Report of the Municipal Commissioner on the plague in Bombay for the year ending 31st May... - Volume 1
Disease focus: Plague
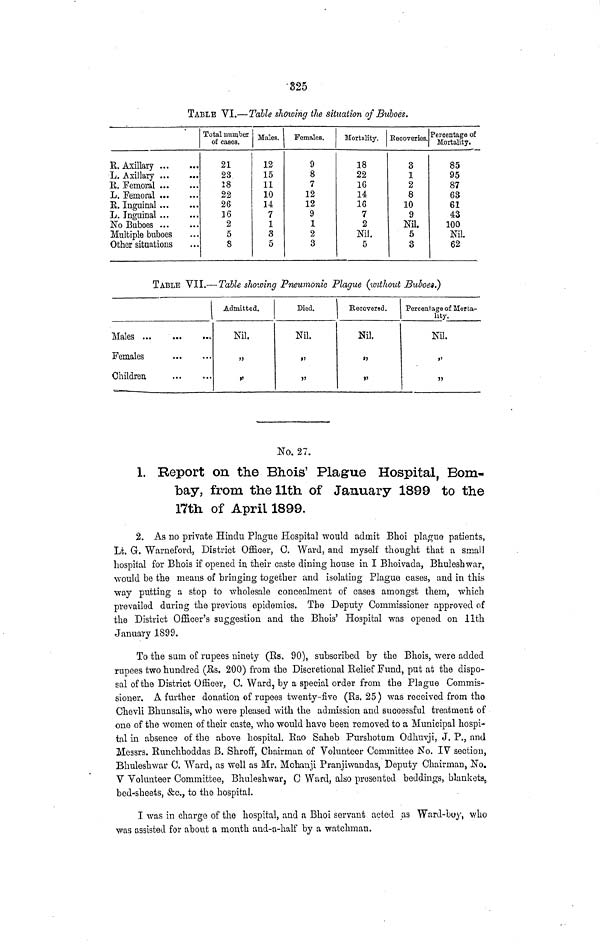
325
TABLE VI.—Table showing the situation of Buboes.
R. Axillary
L. Axillary
E. Femoral
L. Femoral
E. Inguinal
L. Inguinal
No Buboes
Multiple buboes
Other situations
Total number
of cases.
21
23
18
22
26
16
2
5
8
Males.
12
15
11
10
14
7
1
3
5
Females.
9
8
7
12
12
9
1
2
3
Mortality.
18
22
16
14
16
7
2
Nil.
5
Recoveries.
3
1
2
8
10
9
Nil.
5
3
!
Percentage of
Mortality.
85
95
87
63
61
43
100
Nil.
62
TABLE VII.— Table showing Pneumonic Plague (without Buboes?)
Males
Females
Children
Admitted.
Nil.
,,
,,
Died.
Nil.
,,
,,
Recovered.
Nil.
,,
,,
Percentage of Morta-
lity.
Nil.
'
,,
No. 27.
1. Report on the Bhois' Plague Hospital, Bom-
bay, from the llth of January 1899 to the
17th of April 1899.
2. As no private Hindu Plague Hospital would admit Bhoi plague patients,
Lt. G. Warneford, District Officer, C. Ward, and myself thought that a small
hospital for Bhois if opened in their caste dining house in I Bhoivada, Bhuleshwar,
would be the means of bringing together and isolating Plague cases, and in this
way putting a stop to wholesale concealment of cases amongst them, which
prevailed during the previous epidemics. The Deputy Commissioner approved of
the District Officer's suggestion and the Bhois' Hospital was opened on ilth
January 1899.
To the sum of rupees ninety (Rs. 90), subscribed by the Bhois, were added
rupees two hundred (Rs. 200) from the Discretional Belief Fund, put at the dispo-
sal of the District Officer, C. Ward, by a special order from the Plague Commis-
sioner. A further donation of rupees twenty-five (Rs. 25) was received from the
Chevli Bhunsalis, who were pleased with the admission and successful treatment of
one of the women of their caste, who would have been removed to a Municipal hospi-
tal in absence of the above hospital. Rao Saheb Purshotum Odhuvji, J. P., and
Messrs. Runchhoddas B. Shroff, Chairman of Volunteer Committee No. IV section,
Bhuleshwar C. Ward, as well as Mr. Mohanji Pranjiwandas, Deputy Chairman, No.
V Volunteer Committee, Bhuleshwar, 0 Ward, also presented beddings, blankets,
bed-sheets, &c., to the hospital.
I was in charge of the hospital, and a Bhoi servant acted as Ward-boy, who
was assisted for about a month and-a-half by a watchman.